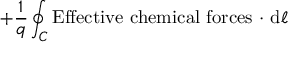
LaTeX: + { \frac { 1 } { q } } \oint _ { C } \mathrm { E f f e c t i v e \ c h e m i c a l \ f o r c e s \ \cdot } \ \mathrm { d } { \boldsymbol { \ell } }